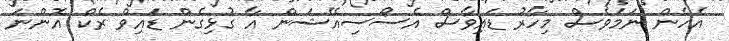
އެހެން ނަމަވެސް މިހާރު ޑައިވާސް އެސޯސިއޭޝަން އާ ގުޅިގެން ޑައިވް ރެކް އޮންނަ